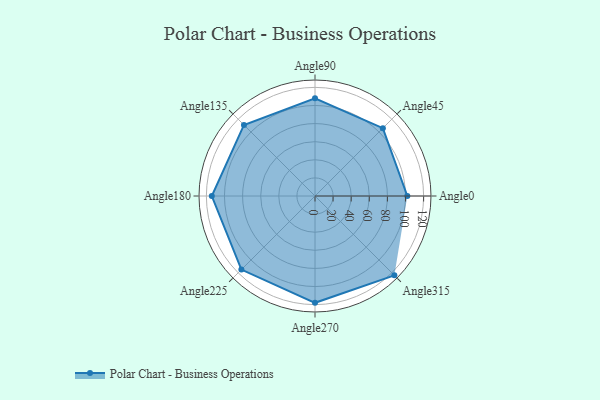
{"axis": {"x": "Angle", "y": "Radius"}, "legend": [""], "data": [{"x": "Angle0", "y": 102.0, "type": ""}, {"x": "Angle45", "y": 106.0, "type": ""}, {"x": "Angle90", "y": 108.0, "type": ""}, {"x": "Angle135", "y": 111.0, "type": ""}, {"x": "Angle180", "y": 114.0, "type": ""}, {"x": "Angle225", "y": 115.0, "type": ""}, {"x": "Angle270", "y": 118.0, "type": ""}, {"x": "Angle315", "y": 124.0, "type": ""}]}